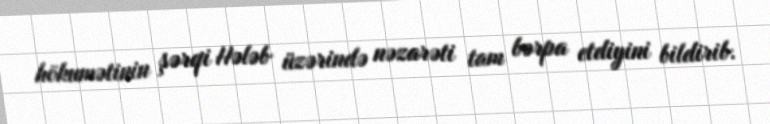
hökumətinin şərqi Hələb üzərində nəzarəti tam bərpa etdiyini bildirib.